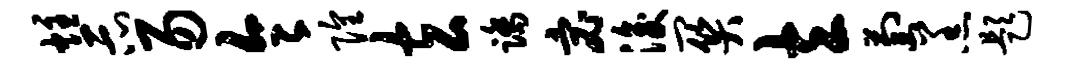
炷示易令隍玄踏宓浚关立萄羔题